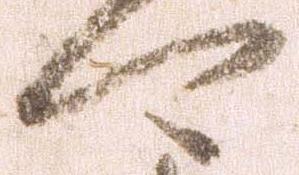
可